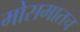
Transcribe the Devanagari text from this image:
मोसमातच